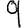
Digit: 9